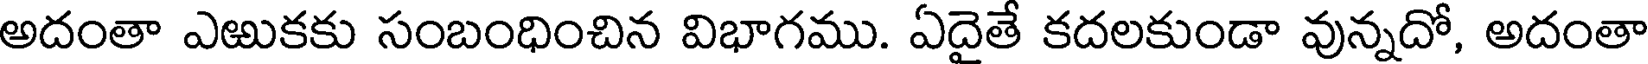
అదంతా ఎఱుకకు సంబంధించిన విభాగము. ఏదైతే కదలకుండా వున్నదో, అదంతా